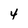
Character: 4